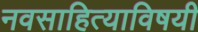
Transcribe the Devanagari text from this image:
नवसाहित्याविषयी